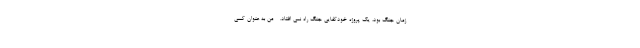
زمان جنگ بود، یک پروژه خودکفایی جنگ راه نمی افتاد. - من به عنوان کسی